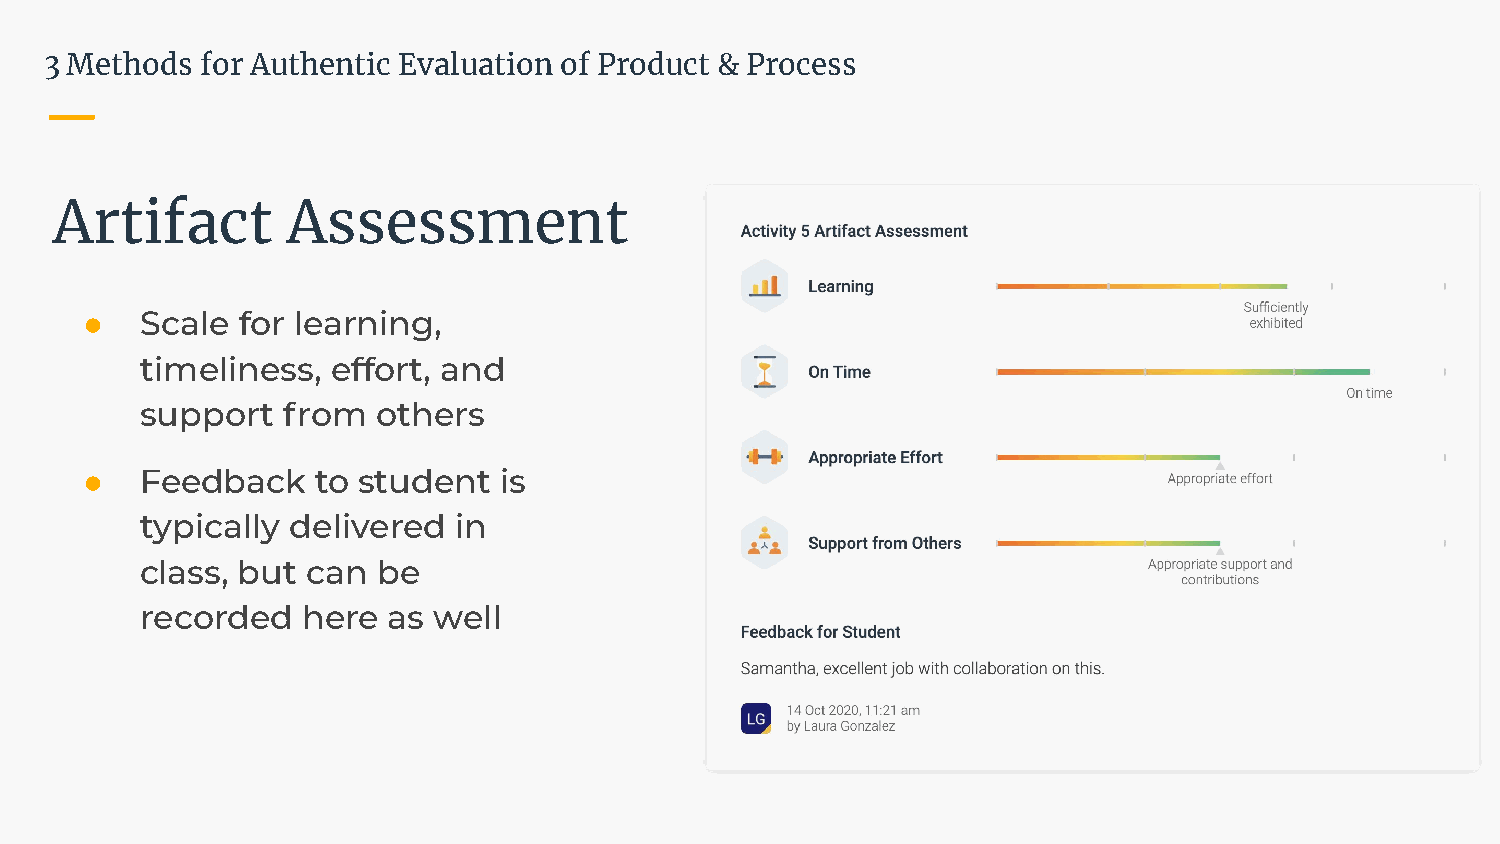
3 Methods for Authentic Evaluation of Product & Process
 Artifact        Assessment
 ●   Scale  for learning,
 timeliness,  effort, and
 support   from  others
 ●   Feedback    to student  is
 typically delivered  in
 class, but can  be
 recorded   here  as well